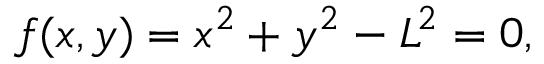
f ( x , y ) = x ^ { 2 } + y ^ { 2 } - L ^ { 2 } = 0 ,